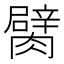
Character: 𦡜